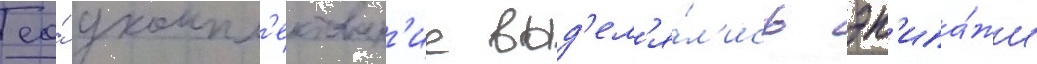
ео́ укомпл'ектован'ие выд'ел'я́л'ись эк'ипа́жи